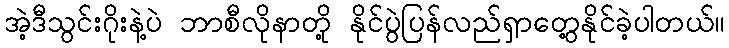
အဲ့ဒီသွင်းဂိုးနဲ့ပဲ ဘာစီလိုနာတို့ နိုင်ပွဲပြန်လည်ရှာတွေ့နိုင်ခဲ့ပါတယ်။